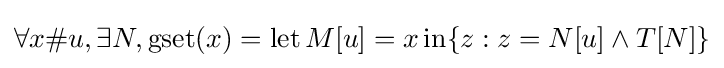
\forall x\#u,\exists N,\operatorname {gset} (x)=\operatorname {let} M[u]=x\operatorname {in} \{z:z=N[u]\land T[N]\}